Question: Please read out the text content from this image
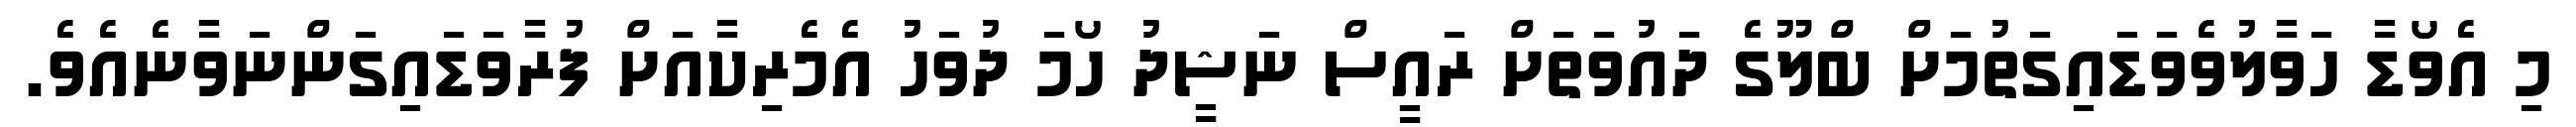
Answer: މި އެވޯޑާ ހަވާލުވެވަޑައިގަތުމަށް ބްލޫގެ ދައުވަތަށް ރައީސް ނަޝީދު ހޯމަ ދުވަހު އެމެރިކާއަށް ފުރާވަޑައިގަންނަވާނެއެވެ.